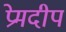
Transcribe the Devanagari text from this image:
प्रेमदीप